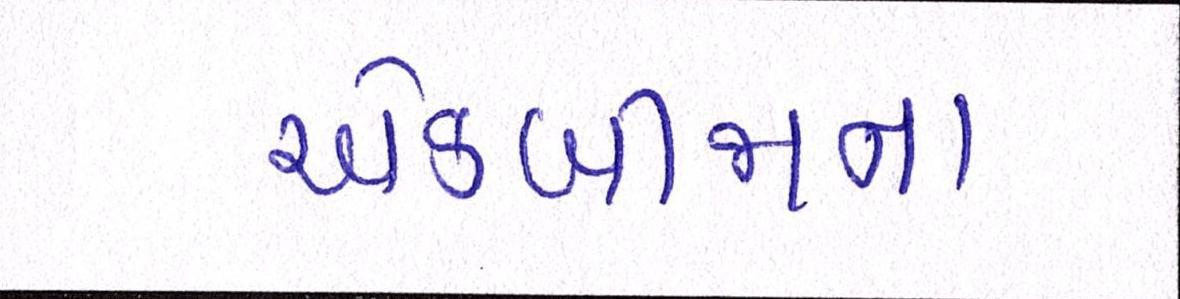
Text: એકબીજાના